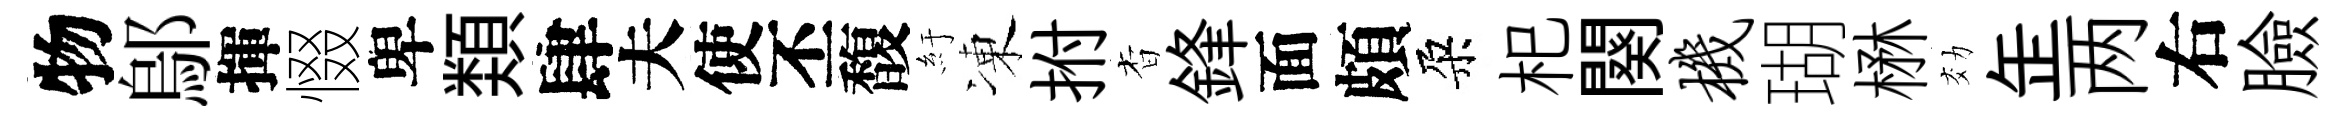
物鄔揮惙卑𩔖肆夫使丕馥紆凍拊杳鋒面頗朶𣏌闋机瑚楙効𦈢两右臉